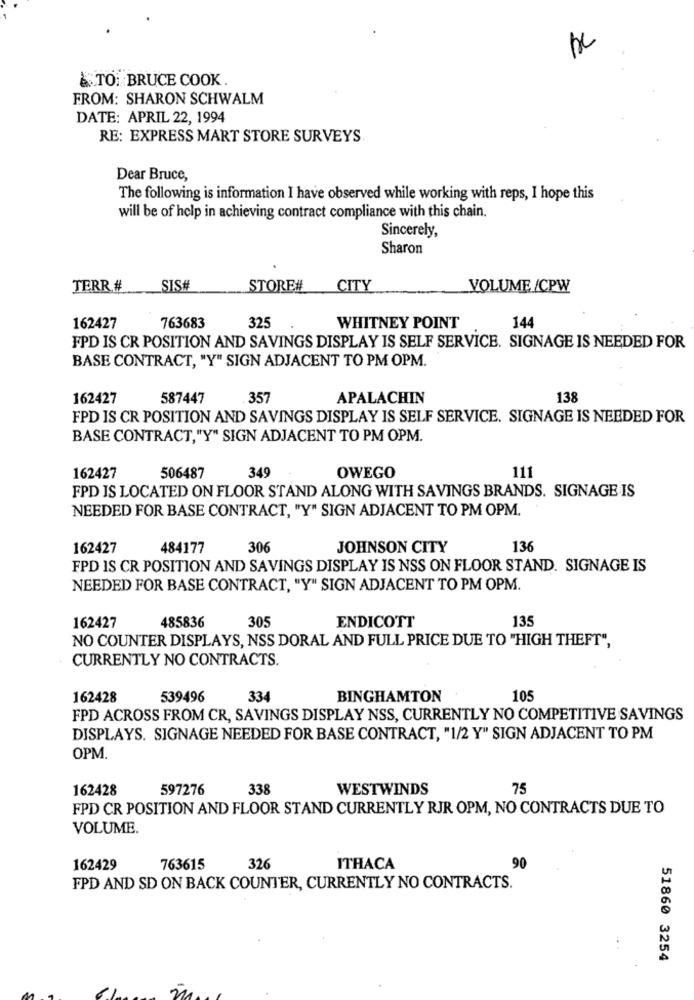
TO: BRUCE COOK.
FROM: SHARON SCHWALM
DATE: APRIL 22, 1994
RE: EXPRESS MART STORE SURVEYS
Dear Bruce,
The following is information I have observed while working with reps, I hope this
will be of help in achieving contract compliance with this chain.
Sincerely,
Sharon
TERR #
SIS#
STORE#
CITY
VOLUME /CPW
162427
763683
325
WHITNEY POINT
144
FPD IS CR POSITION AND SAVINGS DISPLAY IS SELF SERVICE. SIGNAGE IS NEEDED FOR
BASE CONTRACT, "Y" SIGN ADJACENT TO PM OPM.
162427
587447
. 357
APALACHIN
138
FPD IS CR POSITION AND SAVINGS DISPLAY IS SELF SERVICE. SIGNAGE IS NEEDED FOR
BASE CONTRACT,"Y" SIGN ADJACENT TO PM OPM.
349
111
162427
506487
OWEGO
FPD IS LOCATED ON FLOOR STAND ALONG WITH SAVINGS BRANDS. SIGNAGE IS
NEEDED FOR BASE CONTRACT, "Y" SIGN ADJACENT TO PM OPM.
162427
484177
30€
JOHNSON CITY
136
FPD IS CR POSITION AND SAVINGS DISPLAY IS NSS ON FLOOR STAND. SIGNAGE IS
NEEDED FOR BASE CONTRACT, "Y" SIGN ADJACENT TO PM OPM.
485836
305
ENDICOTT
135
162427
NO COUNTER DISPLAYS, NSS DORAL AND FULL PRICE DUE TO "HIGH THEFT",
CURRENTLY NO CONTRACTS.
162428
539496
334
BINGHAMTON
105
FPD ACROSS FROM CR, SAVINGS DISPLAY NSS, CURRENTLY NO COMPETITIVE SAVINGS
DISPLAYS. SIGNAGE NEEDED FOR BASE CONTRACT, "1/2 Y" SIGN ADJACENT TO PM
OPM.
162428
597276
338
WESTWINDS
75
FPD CR POSITION AND FLOOR STAND CURRENTLY RJR OPM, NO CONTRACTS DUE TO
VOLUME.
162429
763615
326
ITHACA
90
FPD AND SD ON BACK COUNTER, CURRENTLY NO CONTRACTS.
51860 3254